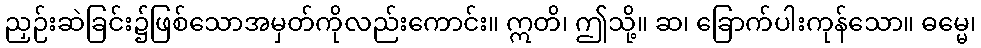
ညှဉ်းဆဲခြင်း၌ဖြစ်သောအမှတ်ကိုလည်းကောင်း။ ဣတိ၊ ဤသို့။ ဆ၊ ခြောက်ပါးကုန်သော။ ဓမ္မေ၊